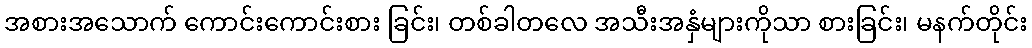
အစားအသောက် ကောင်းကောင်းစား ခြင်း၊ တစ်ခါတလေ အသီးအနှံများကိုသာ စားခြင်း၊ မနက်တိုင်း